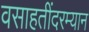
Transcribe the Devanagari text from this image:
वसाहतींदरम्यान